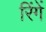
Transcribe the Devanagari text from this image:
रिंगें